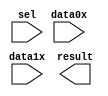
// megafunction wizard: %LPM_MUX%VBB%
// GENERATION: STANDARD
// VERSION: WM1.0
// MODULE: LPM_MUX 

// ============================================================
// Megafunction Name(s):
// 			LPM_MUX
//
// Simulation Library Files(s):
// 			lpm
// ============================================================
// ************************************************************
// THIS IS A WIZARD-GENERATED FILE. DO NOT EDIT THIS FILE!
//
// 17.0.0 Build 595 04/25/2017 SJ Lite Edition
// ************************************************************

//Copyright (C) 2017  Intel Corporation. All rights reserved.
//Your use of Intel Corporation's design tools, logic functions 
//and other software and tools, and its AMPP partner logic 
//functions, and any output files from any of the foregoing 
//(including device programming or simulation files), and any 
//associated documentation or information are expressly subject 
//to the terms and conditions of the Intel Program License 
//Subscription Agreement, the Intel Quartus Prime License Agreement,
//the Intel MegaCore Function License Agreement, or other 
//applicable license agreement, including, without limitation, 
//that your use is for the sole purpose of programming logic 
//devices manufactured by Intel and sold by Intel or its 
//authorized distributors.  Please refer to the applicable 
//agreement for further details.

module MUX_2x32 (
	data0x,
	data1x,
	sel,
	result);

	input	[31:0]  data0x;
	input	[31:0]  data1x;
	input	  sel;
	output	[31:0]  result;

endmodule

// ============================================================
// CNX file retrieval info
// ============================================================
// Retrieval info: PRIVATE: INTENDED_DEVICE_FAMILY STRING "Cyclone V"
// Retrieval info: PRIVATE: SYNTH_WRAPPER_GEN_POSTFIX STRING "0"
// Retrieval info: PRIVATE: new_diagram STRING "1"
// Retrieval info: LIBRARY: lpm lpm.lpm_components.all
// Retrieval info: CONSTANT: LPM_SIZE NUMERIC "2"
// Retrieval info: CONSTANT: LPM_TYPE STRING "LPM_MUX"
// Retrieval info: CONSTANT: LPM_WIDTH NUMERIC "32"
// Retrieval info: CONSTANT: LPM_WIDTHS NUMERIC "1"
// Retrieval info: USED_PORT: data0x 0 0 32 0 INPUT NODEFVAL "data0x[31..0]"
// Retrieval info: USED_PORT: data1x 0 0 32 0 INPUT NODEFVAL "data1x[31..0]"
// Retrieval info: USED_PORT: result 0 0 32 0 OUTPUT NODEFVAL "result[31..0]"
// Retrieval info: USED_PORT: sel 0 0 0 0 INPUT NODEFVAL "sel"
// Retrieval info: CONNECT: @data 0 0 32 0 data0x 0 0 32 0
// Retrieval info: CONNECT: @data 0 0 32 32 data1x 0 0 32 0
// Retrieval info: CONNECT: @sel 0 0 1 0 sel 0 0 0 0
// Retrieval info: CONNECT: result 0 0 32 0 @result 0 0 32 0
// Retrieval info: GEN_FILE: TYPE_NORMAL MUX_2x32.v TRUE
// Retrieval info: GEN_FILE: TYPE_NORMAL MUX_2x32.inc FALSE
// Retrieval info: GEN_FILE: TYPE_NORMAL MUX_2x32.cmp FALSE
// Retrieval info: GEN_FILE: TYPE_NORMAL MUX_2x32.bsf TRUE
// Retrieval info: GEN_FILE: TYPE_NORMAL MUX_2x32_inst.v FALSE
// Retrieval info: GEN_FILE: TYPE_NORMAL MUX_2x32_bb.v TRUE
// Retrieval info: LIB_FILE: lpm